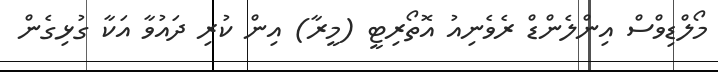
މޯލްޑިވްސް އިންލެންޑް ރެވެނިއު އޮތޯރިޓީ (މީރާ) އިން ކުރި ދައުވާ އަކާ ގުޅިގެން